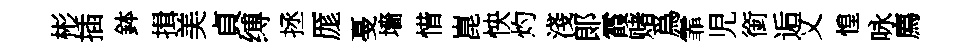
彬插鉢揖美貞缚拯厖戞墻惜崑怏灼淺郞霞赌爲霏児銜逅乂惶咏廌